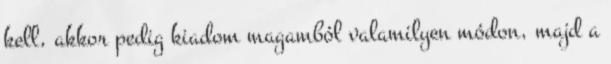
kell, akkor pedig kiadom magamból valamilyen módon, majd a